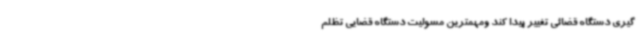
گیری دستگاه قضائی تغییر پیدا کند ومهمترین مسولیت دستگاه قضایی تظلم